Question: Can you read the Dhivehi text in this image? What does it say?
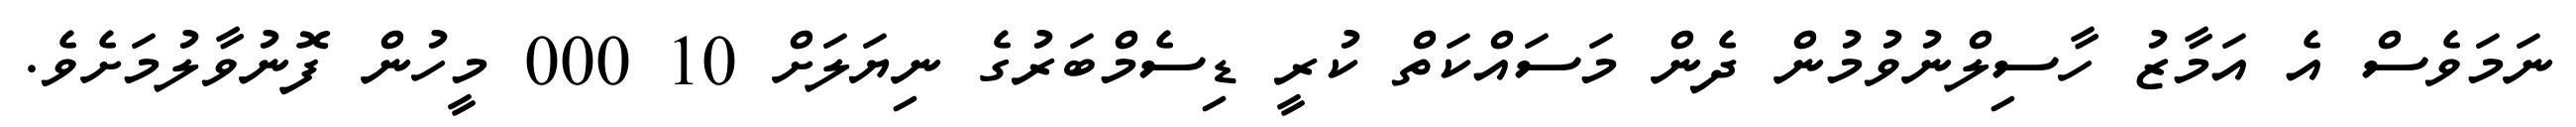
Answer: ނަމަވެސް އެ އަމާޒު ހާސިލްނުވުމުން ދެން މަސައްކަތް ކުރީ ޑިސެމްބަރުގެ ނިޔަލަށް 10 000 މީހުން ފޮނުވާލުމަށެވެ.